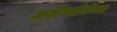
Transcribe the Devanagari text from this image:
अलेक्सेयेव्ना